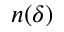
n ( \delta )